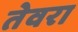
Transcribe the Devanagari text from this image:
तेवरा